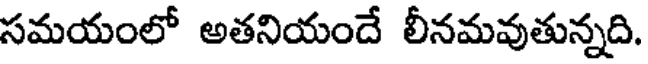
సమయంలో అతనియందే లీనమవుతున్నది.